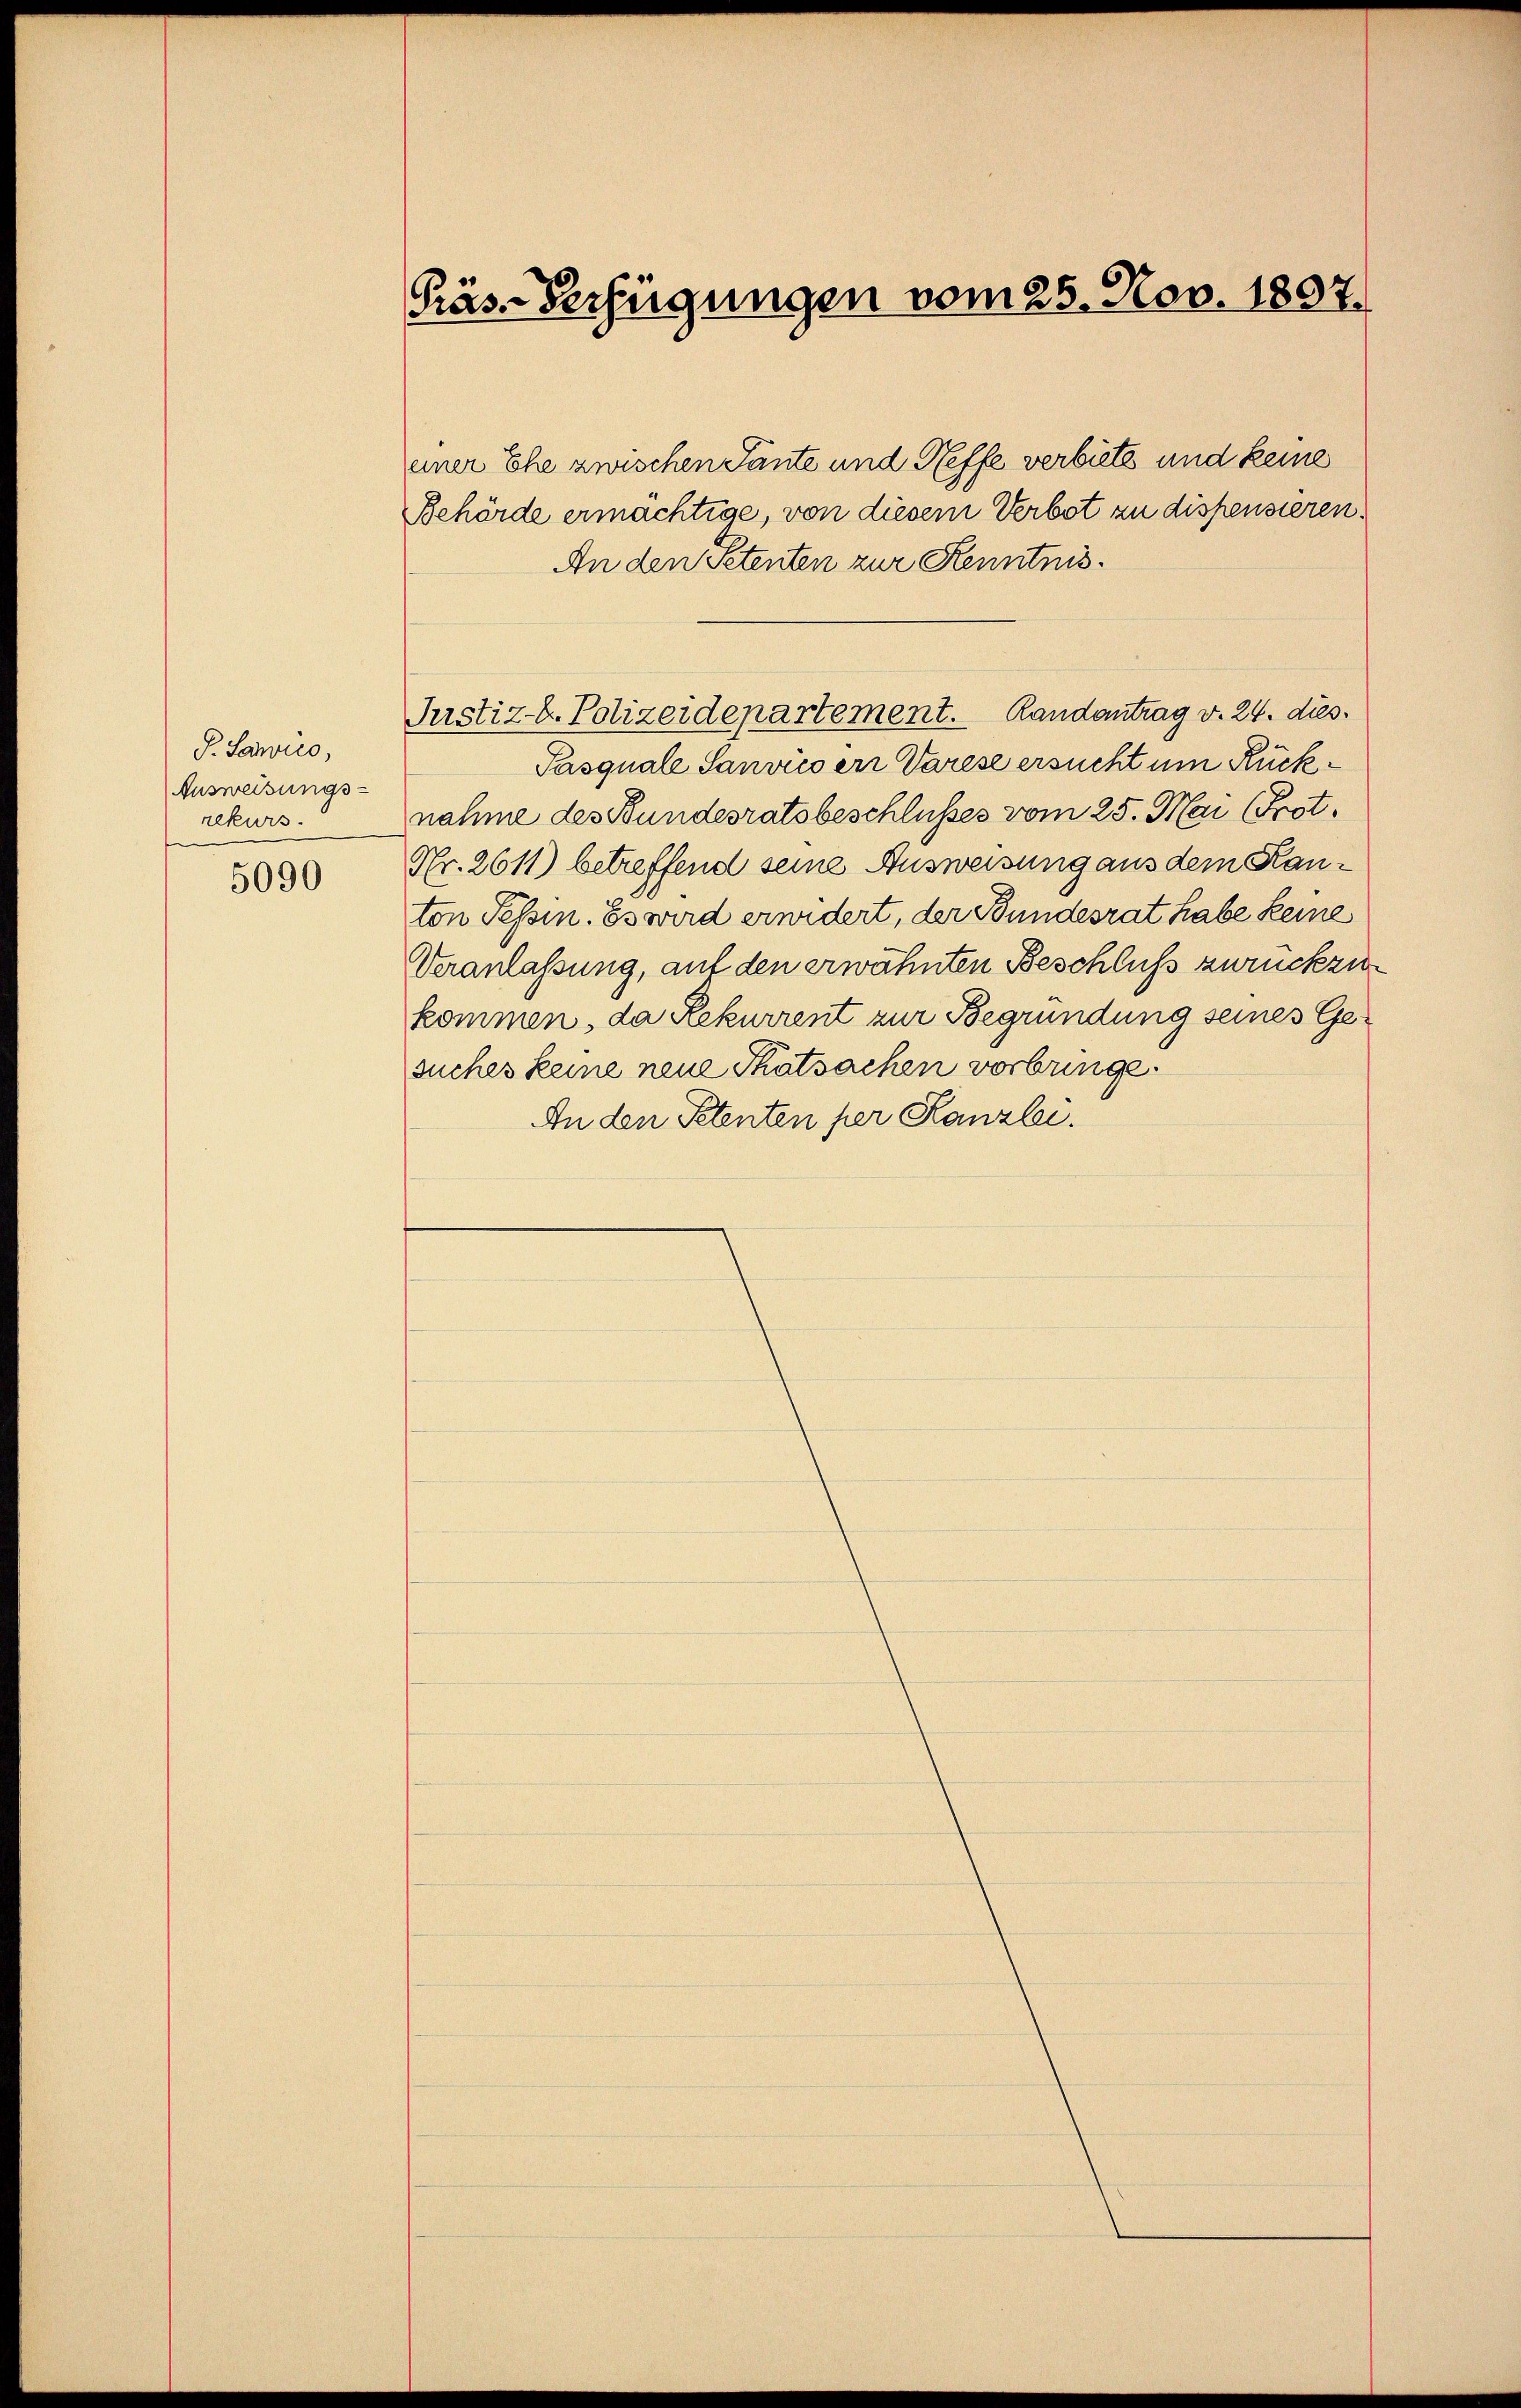
S. Sawico,
Ausweisungs-
rekurs.
5090

Päs-Verfügungen vom 25. Nov. 1807.

einer Ehe zwischen Tante und Neffe verbiete und keine
Behörde ermächtige, von diesem Verbot zu dispensieren.
An den Petenten zur Kenntnis.
Pasquale Sanvies er Varesz ersucht um Rücknahme des Bundesratsbeschlußes vom 25. Mai (Prot.
Nr. 2611) betreffend seine Ausweisung aus dem Kanton Tessin. Es wird erwidert, der Bundesrat habe keine
Veranlassung, auf den erwähnten Beschluß zurückzukommen, da Rekurrent zur Begründung seines Gesuches keine neue Thatsachen vorbringe.
An den Petenten per Kanzlei.

Justiz- u. Polizeidepartement. Randantrag v. 24. dies